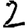
Digit: 2